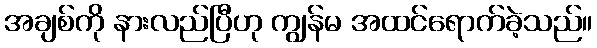
အချစ်ကို နားလည်ပြီဟု ကျွန်မ အထင်ရောက်ခဲ့သည်။